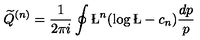
{ \widetilde Q } ^ { ( n ) } = \frac { 1 } { 2 \pi i } \oint \L ^ { n } ( \log \L - c _ { n } ) \frac { d p } { p }